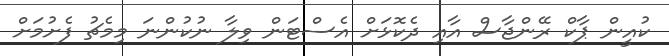
ކުއީން ޕާކް ރޭންޖާސް އާއި ދެކޮޅަށް އެސްޓަން ވިލާ ނުކުންނަ މިމެޗު ފެށުމަށް